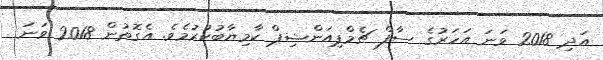
އަދި 2018 ވަނަ އަހަރުގެ ސާފް ޗެމްޕިއަންޝިޕް ކާމިޔާބުކުރުމެވެ. އެގޮތުން 2018 ވަނަ